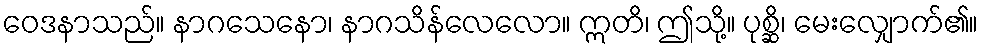
ဝေဒနာသည်။ နာဂသေနော၊ နာဂသိန်လေလော။ ဣတိ၊ ဤသို့။ ပုစ္ဆိ၊ မေးလျှောက်၏။